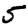
Digit: 5